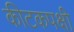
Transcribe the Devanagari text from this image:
कीटकपक्षी